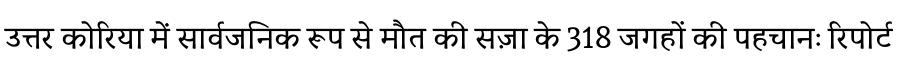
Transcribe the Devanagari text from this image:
उत्तर कोरिया में सार्वजनिक रूप से मौत की सज़ा के 318 जगहों की पहचानः रिपोर्ट